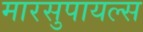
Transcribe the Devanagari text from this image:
मारसुपायल्स